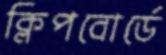
ক্লিপবোর্ডে